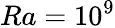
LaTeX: Ra=10^{9}